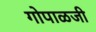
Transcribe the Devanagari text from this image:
गोपाळजी